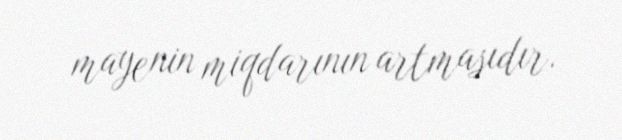
mayenin miqdarının artmasıdır.